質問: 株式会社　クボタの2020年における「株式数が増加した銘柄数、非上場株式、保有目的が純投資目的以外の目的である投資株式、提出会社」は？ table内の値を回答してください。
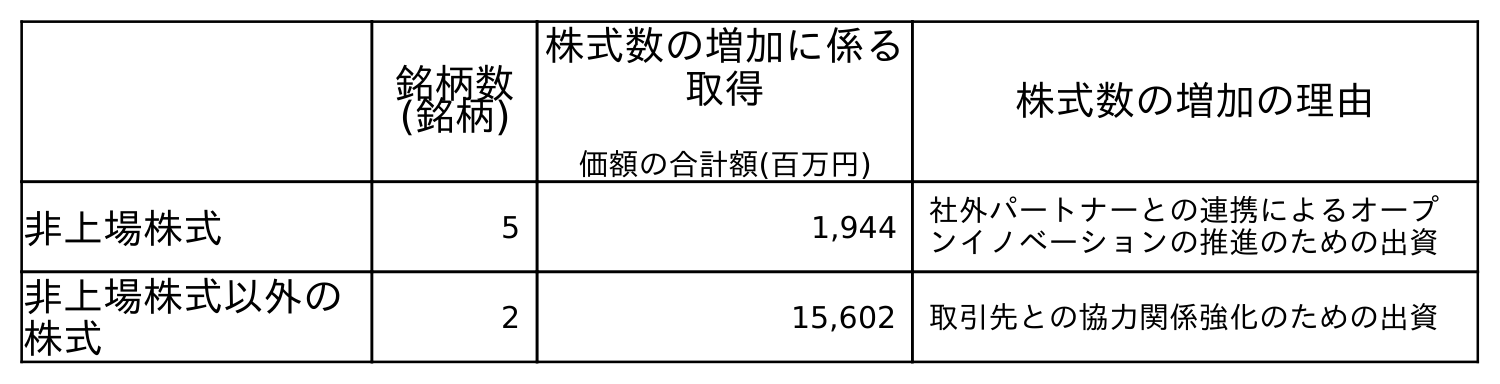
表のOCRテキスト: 銘柄数 (銘柄) 株式数の増加に係る 取得 価額の合計額(百万円) 株式数の増加の理由 非上場株式 5 1,944 社外パートナーとの連携によるオープ ンイノベーションの推進のための出資 非上場株式以外の 株式 2 15,602 取引先との協力関係強化のための出資
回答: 5